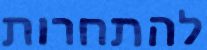
להתחרות